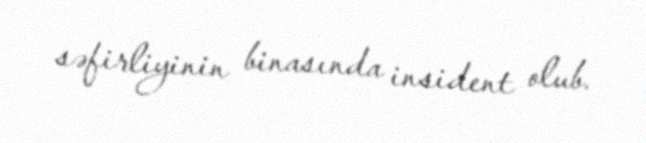
səfirliyinin binasında insident olub.